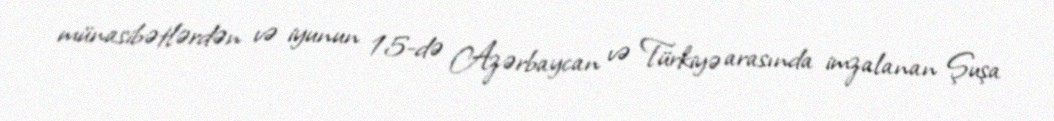
münasibətlərdən və iyunun 15-də Azərbaycan və Türkiyə arasında imzalanan Şuşa